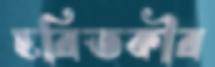
হরিতকীর